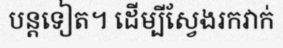
បន្តទៀត។ ដើម្បីស្វែងរកវាក់